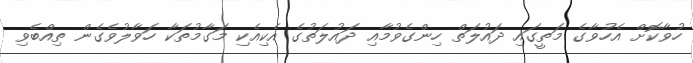
ހުވާކޮށް އެހުވާގެ މަތީގައި ދައުލަތް ހިންގެވުމާއި ދައުލަތުގެ އެކިއެކި މަގާމުތަކާ ހަވާލުވެގެން ތިއްބެވި